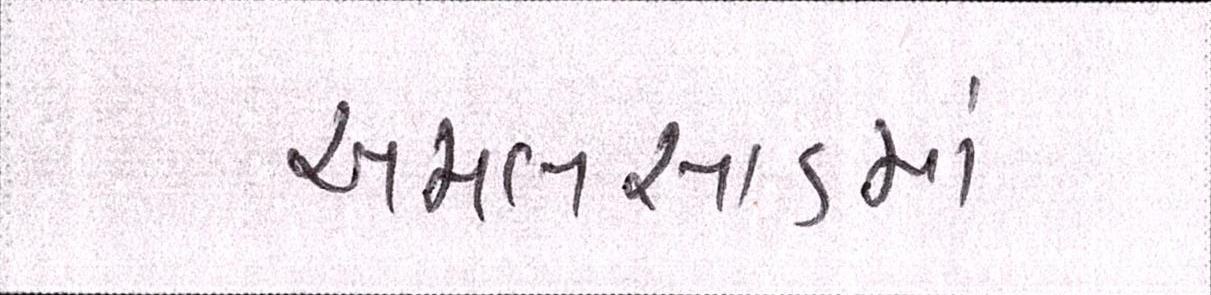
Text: અમલસાડમાં